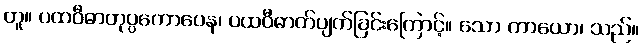
တူ။ ပထဝီဓာတုပ္ပကောပေန၊ ပထဝီဓာတ်ပျက်ခြင်းကြောင့်။ သော ကာယော၊ သည်။